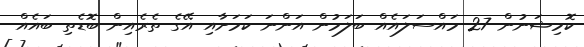
ކޮމިޝަނުން 27 މައްސަލައެއް ބަލަމުން އަންނަ ކަމަށާއި އޭގެ ތެރެއިން ބޮޑެތި ބައެއް